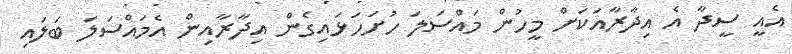
އެއީ ސީދާ އެ އިދާރާއަކަށް މީހުން މައްސަލަ ހުށަހަޅައިގެން އިދާރާއިން އެމައްސަލަ ބަލައި